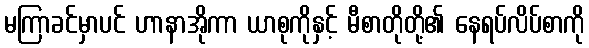
မကြာခင်မှာပင် ဟာနာအိုကာ ယာစုကိုနှင့် မီစာတိုတို့၏ နေရပ်လိပ်စာကို